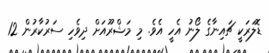
ޑޮލަރަކީ ޗައިނާގެ ލޯނު އެހީ އެވެ. މި މަޝްރޫއަށް ދިވެހި ސަރުކާރުން 12